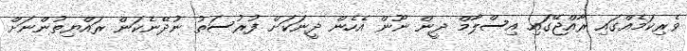
ވެރިކަމެއްގައި ރާއްޖޭގައި އިސްލާމް ދީން ނޫން އެހެން ދީނަކަށް ފުރުސަތު ނުދޭނެކަން ރައްޔިތުންނަށް